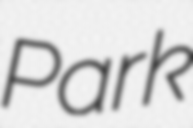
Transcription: Park